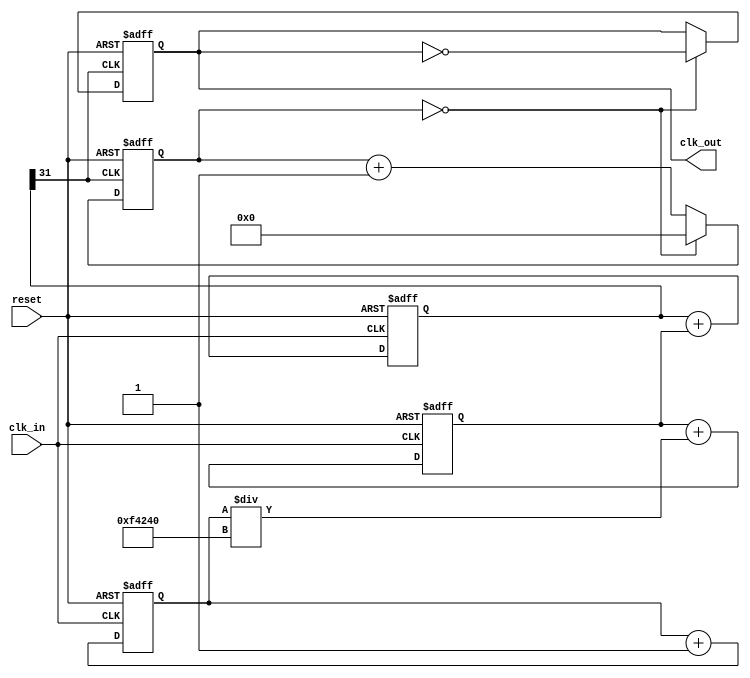
module parameterized_PLL #(
    parameter INPUT_FREQ = 50_000_000, // Input frequency in Hz
    parameter OUTPUT_FREQ = 100_000_000, // Desired output frequency in Hz
    parameter LOOP_BW = 1_000_000, // Loop bandwidth in Hz
    parameter DIVISION_FACTOR = OUTPUT_FREQ / INPUT_FREQ // Division factor for feedback
)(
    input wire clk_in, // Input clock
    input wire reset, // Active high reset
    output reg clk_out // Output clock
);

// Internal signals
reg [31:0] phase_error; // Phase error signal
reg [31:0] control_voltage; // Control voltage for VCO
reg [31:0] vco_output; // VCO output
reg [31:0] counter; // Counter for generating output clock
reg [31:0] divider_count; // Divider count for feedback

// Phase Detector
always @(posedge clk_in or posedge reset) begin
    if (reset) begin
        phase_error <= 0;
    end else begin
        // Simple phase detection (measured in clock cycles)
        // Here it should compare with feedback (implemented later)
        phase_error <= phase_error + 1; // Placeholder logic
    end
end

// Low Pass Filter (Simple integrator for demonstration)
always @(posedge clk_in or posedge reset) begin
    if (reset) begin
        control_voltage <= 0;
    end else begin
        control_voltage <= control_voltage + phase_error / LOOP_BW; // Proportional control
    end
end

// Voltage-Controlled Oscillator (VCO)
always @(posedge clk_in or posedge reset) begin
    if (reset) begin
        vco_output <= 0;
    end else begin
        // Control frequency based on control voltage (simplified)
        vco_output <= vco_output + control_voltage; // Placeholder for VCO behavior
    end
end

// Frequency Divider
always @(posedge vco_output[31] or posedge reset) begin // Using MSB for clock generation
    if (reset) begin
        divider_count <= 0;
        clk_out <= 0;
    end else begin
        if (divider_count == (DIVISION_FACTOR / 2 - 1)) begin
            clk_out <= ~clk_out; // Toggle output clock
            divider_count <= 0;
        end else begin
            divider_count <= divider_count + 1;
        end
    end
end

endmodule